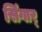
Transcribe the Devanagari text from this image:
सिंगार्